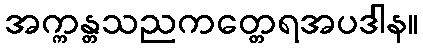
အက္ကန္တသညကတ္တေရအပဒါန။